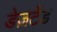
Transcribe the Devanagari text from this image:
डेज़र्टेड